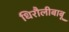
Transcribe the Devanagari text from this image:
धिरौलीबाबू